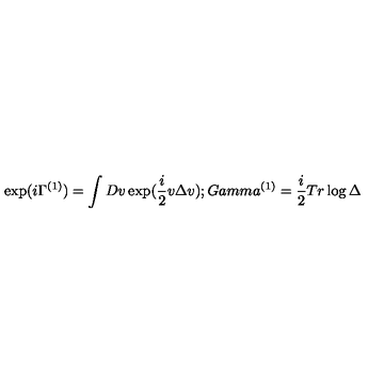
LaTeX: \exp ( i \Gamma ^ { ( 1 ) } ) = \int D v \exp ( \frac { i } { 2 } v \Delta v ) ; G a m m a ^ { ( 1 ) } = \frac { i } { 2 } T r \log \Delta